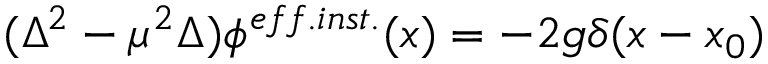
( \Delta ^ { 2 } - \mu ^ { 2 } \Delta ) \phi ^ { e f f . i n s t . } ( x ) = - 2 g \delta ( x - x _ { 0 } )